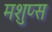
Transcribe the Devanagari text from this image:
मशुप्स